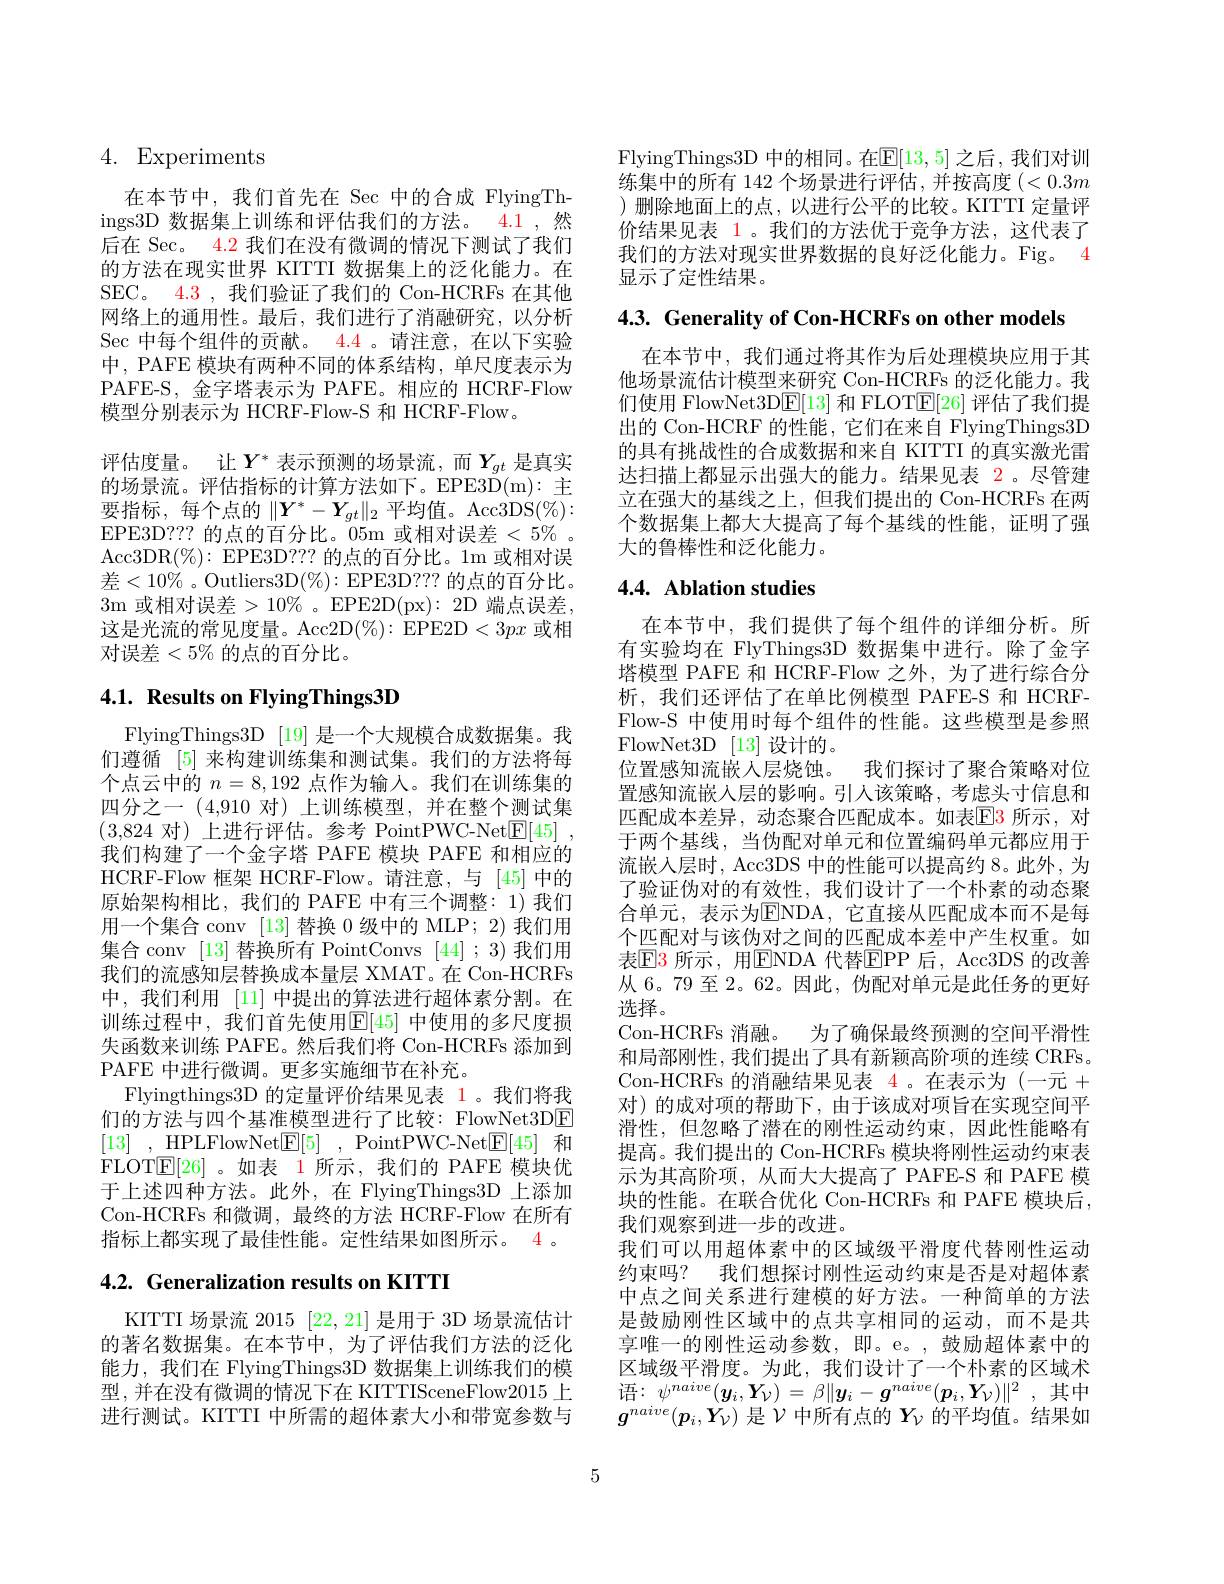
# 4. Experiments

在本节中，我们首先在 Sec 中的合成 FlyingThings3D 数据集上训练和评估我们的方法。4.1 ,然后在 Sec。4.2 我们在没有微调的情况下测试了我们的方法在现实世界 KITTI 数据集上的泛化能力。在SEC。4.3 , 我们验证了我们的 Con-HCRFs 在其他网络上的通用性。最后，我们进行了消融研究，以分析Sec 中每个组件的贡献。4.4 。请注意，在以下实验中，PAFE 模块有两种不同的体系结构，单尺度表示为PAFE-S, 金字塔表示为 PAFE。相应的 HCRF-Flow 模型分别表示为 HCRF-Flow-S 和 HCRF-Flow。
评估度量。让$Y^*$表示预测的场景流，而$Y_{gt}$是真实的场景流。评估指标的计算方法如下。EPE3D(m): 主要指标，每个点的$\|\boldsymbol Y^*-\boldsymbol Y_{gt}\|_2$平均值。Acc3DS$(\%):$ EPE3D?? 的点的百分比。05m 或相对误差$<5\%$ Acc3DR$(\%):$EPE3D?? 的点的百分比。1m 或相对误差$<10\%$ 。Outliers3D$(\%):$EPE3D?? 的点的百分比。3m 或相对误差$>10\%$。EPE2D(px):2D 端点误差. 这是光流的常见度量。Acc2D$(\%):$EPE2D$<3px$或相对误差$<5\%$的点的百分比。

# 4.1. Results on FlyingThings3D

FlyingThings3D [19] 是一个大规模合成数据集。我们遵循 [5] 来构建训练集和测试集。我们的方法将每个点云中的$n=8,192$点作为输入。我们在训练集的四分之一(4,910对)上训练模型，并在整个测试集(3.824对)上讲行评估。参考 PointPWC-Net|F|[45] 我们构建了一个金字塔 PAFE 模块 PAFE 和相应的HCRF-Flow 框架 HCRF-Flow。请注意，与 [45]中的原始架构相比，我们的 PAFE 中有三个调整：1) 我们用一个集合 conv [13] 替换 0 级中的 MLP; 2) 我们用集合 conv [13] 替换所有 PointConvs [44] ; 3)我们用我们的流感知层替换成本量层 XMAT。在 Con-HCRFs 中，我们利用 [11] 中提出的算法进行超体素分割。在训练过程中，我们首先使用$\mathbb{E}[45]$ 中使用的多尺度损失函数来训练 PAFE。然后我们将 Con-HCRFs 添加到PAFE 中进行微调。更多实施细节在补充。
Flyingthings3D 的定量评价结果见表 1。我们将我们的方法与四个基准模型进行了比较：FlowNet3DE [13] ,HPLFlowNet$\mathbb{E} [ 5]$ ,PointPWC-Net$\mathbb{E} [ 45]$ 和FLOTE[26] 。如表 1 所示，我们的 PAFE 模块优于上述四种方法。此外，在 FlyingThings3D 上添加Con-HCRFs 和微调，最终的方法 HCRF-Flow 在所有指标上都实现了最佳性能。定性结果如图所示。4 。

# 4.2. Generalization results on KITTI

KITTI 场景流 2015 [22,21]是用于 3D 场景流估计的著名数据集。在本节中，为了评估我们方法的泛化能力，我们在 FlyingThings3D 数据集上训练我们的模型，并在没有微调的情况下在 KITTISceneFlow2015上进行测试。KITTI 中所需的超体素大小和带宽参数与

FlyingThings3D 中的相同。在$\mathbb{E}[13,5]$ 之后，我们对训练集中的所有 142 个场景进行评估，并按高度$(<0.3m$ )删除地面上的点，以进行公平的比较。KITTI 定量评价结果见表 1。我们的方法优于竞争方法，这代表了我们的方法对现实世界数据的良好泛化能力。Fig。4显示了定性结果。

$4. 3. \textbf{ Generality of Con- HCRFs on other models}$

在本节中，我们通过将其作为后处理模块应用于其他场景流估计模型来研究 Con-HCRFs 的泛化能力。我们使用 FlowNet3D$\underline{\mathrm{E}}[13]$和 FLOT$\underline{\mathrm{E}}[26]$评估了我们提出的 Con-HCRF 的性能，它们在来自 FlyingThings3D 的具有挑战性的合成数据和来自 KITTI 的真实激光雷达扫描上都显示出强大的能力。结果见表 2。尽管建立在强大的基线之上，但我们提出的 Con-HCRFs 在两个数据集上都大大提高了每个基线的性能，证明了强大的鲁棒性和泛化能力。

# 4.4. Ablation studies

在本节中，我们提供了每个组件的详细分析。所有实验均在 FlyThings3D 数据集中进行。除了金字塔模型 PAFE 和 HCRF-Flow 之外，为了进行综合分析，我们还评估了在单比例模型 PAFE-S 和 HCRFFlow-S 中使用时每个组件的性能。这些模型是参照FlowNet3D [13]设计的。
位置感知流嵌人层烧蚀。我们探讨了聚合策略对位置感知流嵌入层的影响。引人该策略，考虑头寸信息和匹配成本差异，动态聚合匹配成本。如表$\color{red}{\mathrm{E}}\color{blue}{\mathrm{E}}\color{red}{\mathrm{3}}$所示，对于两个基线，当伪配对单元和位置编码单元都应用于流嵌入层时，Acc3DS 中的性能可以提高约 8。此外，为了验证伪对的有效性，我们设计了一个朴素的动态聚合单元，表示为$\overline{\mathrm{ENDA}}$, 它直接从匹配成本而不是每个匹配对与该伪对之间的匹配成本差中产生权重。如表E3 所示，用ENDA 代替EPP 后，Acc3DS 的改善从 6。79 至 2。62。因此，伪配对单元是此任务的更好选择。
Con-HCRFs 消融。为了确保最终预测的空间平滑性和局部刚性，我们提出了具有新颖高阶项的连续 CRFs。Con-HCRFs 的消融结果见表 4。在表示为(一元+ 对)的成对项的帮助下，由于该成对项旨在实现空间平滑性，但忽略了潜在的刚性运动约束，因此性能略有提高。我们提出的 Con-HCRFs 模块将刚性运动约束表示为其高阶项，从而大大提高了 PAFE-S 和 PAFE 模块的性能。在联合优化 Con-HCRFs 和 PAFE 模块后， 我们观察到进一步的改进。
我们可以用超体素中的区域级平滑度代替刚性运动约束吗？我们想探讨刚性运动约束是否是对超体素中点之间关系进行建模的好方法。一种简单的方法是鼓励刚性区域中的点共享相同的运动，而不是共享唯一的刚性运动参数，即。e。,鼓励超体素中的区域级平滑度。为此，我们设计了一个朴素的区域术语：$\psi ^{naive}( \boldsymbol{y}_{i}, \boldsymbol{Y}_{\mathcal{V} }) = \beta \| \boldsymbol{y}_{i}- \boldsymbol{g}^{naive}( \boldsymbol{p}_{i}, \boldsymbol{Y}_{\mathcal{V} }) \| ^{2}$ ,其中$g^{naive}(p_i,Y_{\mathcal{V}})$是$\mathcal{V}$中所有点的$Y_\nu$的平均值。结果如

5